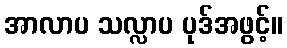
အာလာပ သလ္လာပ ပုဒ်အဖွင့်။